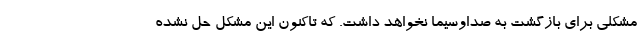
مشکلی برای بازگشت به صداوسیما نخواهد داشت. که تاکنون این مشکل حل نشده